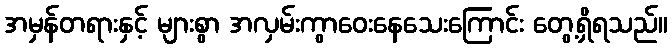
အမှန်တရားနှင့် များစွာ အလှမ်းကွာဝေးနေသေးကြောင်း တွေ့ရှိရသည်။